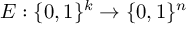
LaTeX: E : \{ 0 , 1 \} ^ { k } \to \{ 0 , 1 \} ^ { n }